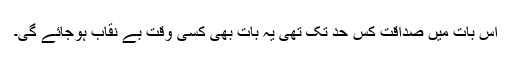
اس بات میں صداقت کس حد تک تھی یہ بات بھی کسی وقت بے نقاب ہوجائے گی۔